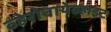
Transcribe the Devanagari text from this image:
व्हेरोबायेव्हाइट